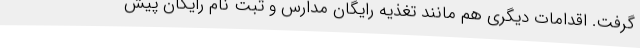
گرفت. اقدامات دیگری هم مانند تغذیه رایگان مدارس و ثبت نام رایگان پیش